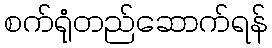
စက်ရုံတည်ဆောက်ရန်